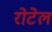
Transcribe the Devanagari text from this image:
रोटेल